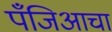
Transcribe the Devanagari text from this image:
पँजिआचा